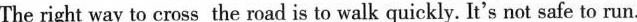
The right way to cross the road is to walk quickly. It's not safe to run.